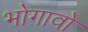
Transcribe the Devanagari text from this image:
भोगावो